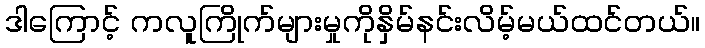
ဒါကြောင့် ကလူကြိုက်များမှုကိုနှိမ်နင်းလိမ့်မယ်ထင်တယ်။